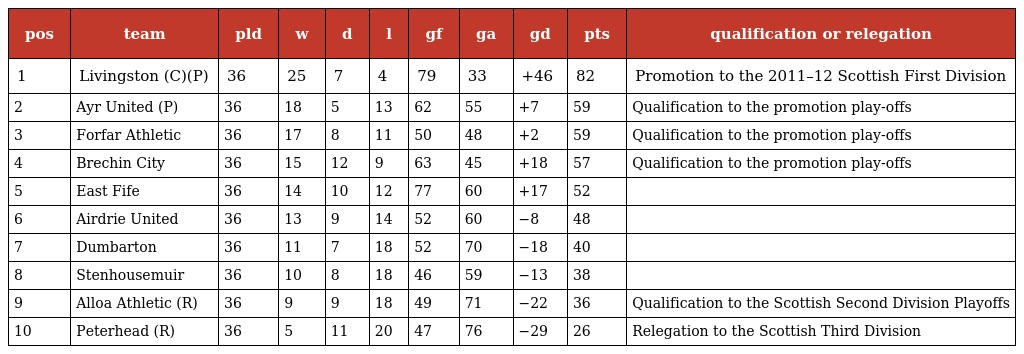
| pos | team | pld | w | d | l | gf | ga | gd | pts | qualification or relegation |
 | --- | --- | --- | --- | --- | --- | --- | --- | --- | --- | --- |
 | 1 | Livingston (C)(P) | 36 | 25 | 7 | 4 | 79 | 33 | +46 | 82 | Promotion to the 2011–12 Scottish First Division |
 | 2 | Ayr United (P) | 36 | 18 | 5 | 13 | 62 | 55 | +7 | 59 | Qualification to the promotion play-offs |
 | 3 | Forfar Athletic | 36 | 17 | 8 | 11 | 50 | 48 | +2 | 59 | Qualification to the promotion play-offs |
 | 4 | Brechin City | 36 | 15 | 12 | 9 | 63 | 45 | +18 | 57 | Qualification to the promotion play-offs |
 | 5 | East Fife | 36 | 14 | 10 | 12 | 77 | 60 | +17 | 52 |  |
 | 6 | Airdrie United | 36 | 13 | 9 | 14 | 52 | 60 | −8 | 48 |  |
 | 7 | Dumbarton | 36 | 11 | 7 | 18 | 52 | 70 | −18 | 40 |  |
 | 8 | Stenhousemuir | 36 | 10 | 8 | 18 | 46 | 59 | −13 | 38 |  |
 | 9 | Alloa Athletic (R) | 36 | 9 | 9 | 18 | 49 | 71 | −22 | 36 | Qualification to the Scottish Second Division Playoffs |
 | 10 | Peterhead (R) | 36 | 5 | 11 | 20 | 47 | 76 | −29 | 26 | Relegation to the Scottish Third Division |